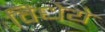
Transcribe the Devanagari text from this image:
विधेये